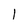
Character: 1